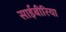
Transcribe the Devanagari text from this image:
साईबीरिया